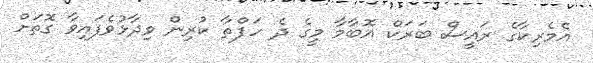
އެމެރިކާގެ ރައީސް ބަރަކް އޮބާމާ މީގެ ދެ ހަފްތާ ކުރިން ވިދާޅުވެފައިވާ ގޮތަށް